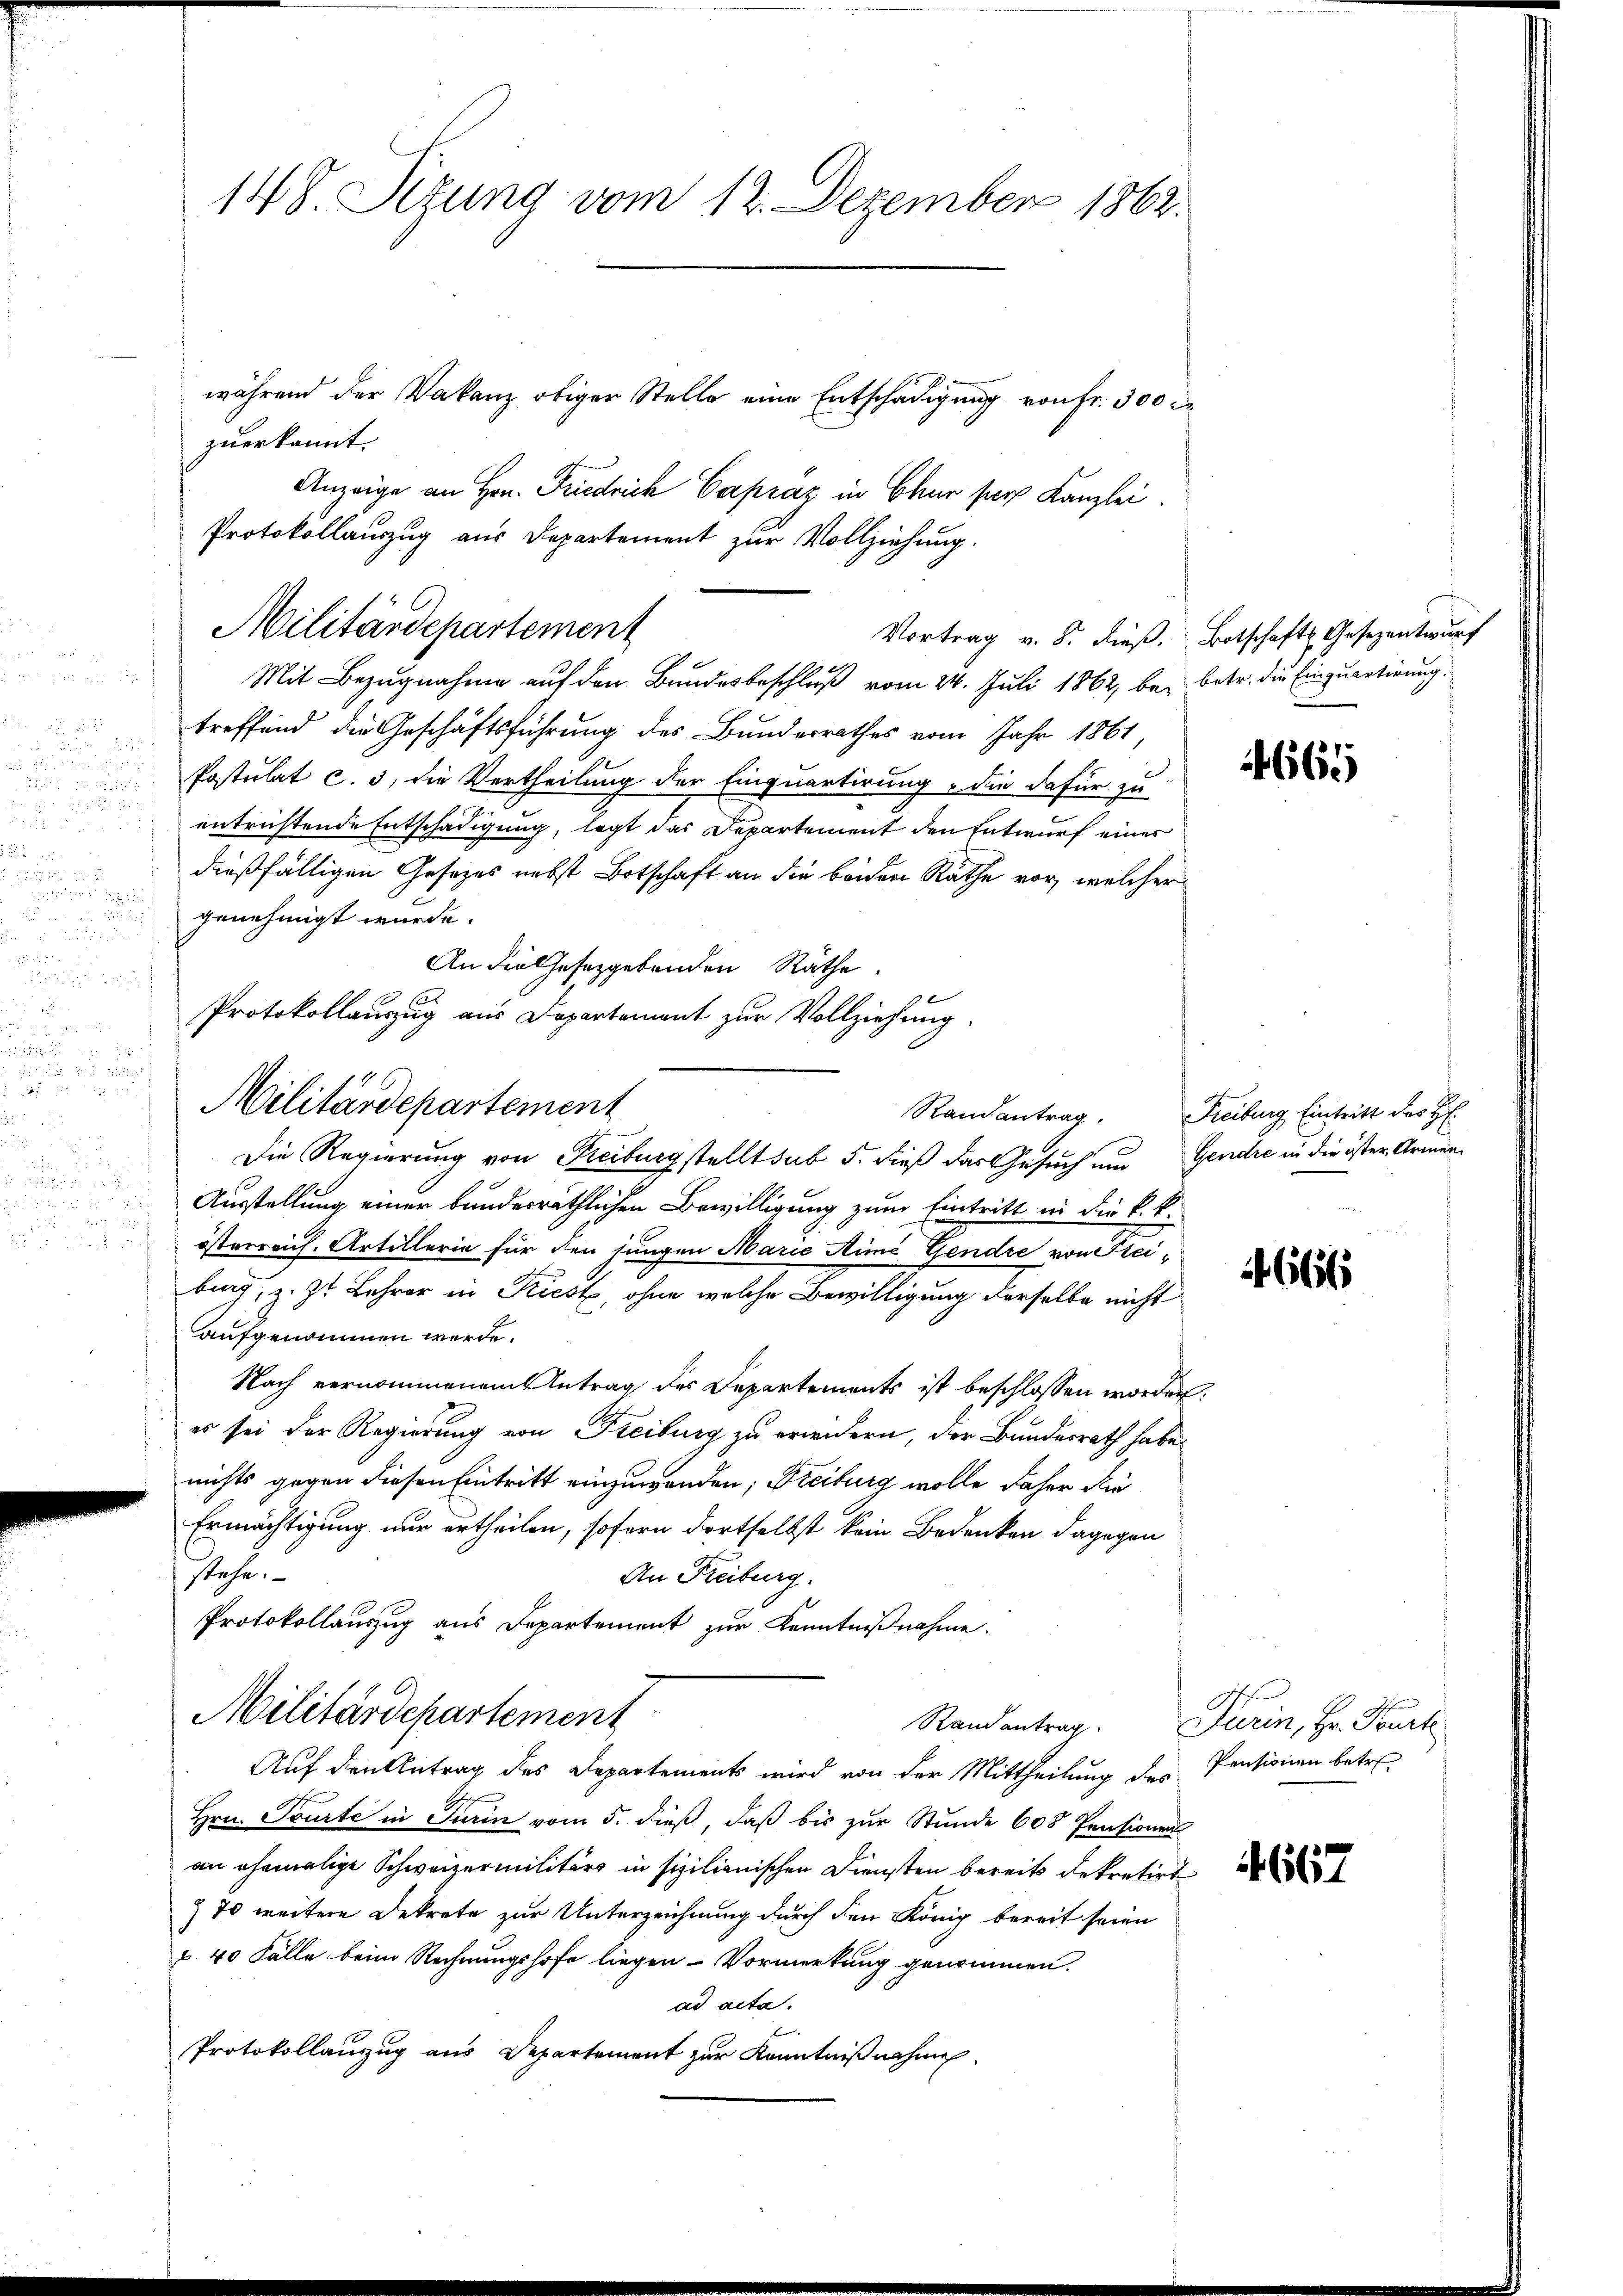
5
 2 x 2 x
Mit Bezugnahme auf den Bundesbeschluß vom 24. Juli 1862, bei betr. die Einquartirung.

treffend die Geschäftsführung des Bundesrathes vom Jahr 1861,
 e

Postulat c. 3, die Vertheilung der Einquartirung, die dafür zu
d
entrichtende Entschädigung, legt das Departement den Entwurf eines
dießfälligen Gesetzes nebst Botschaft an die beiden Rathe vor, welcher
i
 genehmigt wurde.
An die Gesetzgebenden Räthe.
Ausstellung einer bunderräthlichen Bewilligung zum Eintritt in die k. k.
österreich. Artillerie für den jungen Marie Aimé Gendre von Steiit Cit
big, z. Zt. Lehrer in Kiest, ohne welche Bewilligung derselbe nicht
aufgenommen werde.
Nach vernommenem Antrag des Departements ist beschlossen worden.
es sei der Regierung von Freiburg zu erwidern, der Bundesrath habe.
nichts gegen diesen Eintritt einzuwenden; Freiburg wolle daher die
Ermächtigung nur ertheilen, sofern dortselbst kein Bedenken dagegen
stehe.
An Freiburg.
Protokollauszug aus Departement zur Kenntnißnahme.
Militärdepartement
Randantrag. Turin, Hr. Burk
Auf den Antrag des Departements wird von der Mittheilung des Pensionen betre
Hrn. Tourte in Turin vom 5. dieß, daß bis zur Stunde 608 Pensionen
an ehemalige Schweizermilitärs in sizilienischen Diensten bereits dekretirte
& 70 weitere Dekrete zur Unterzeichnung durch den König bereit seien
§ 40 Fälle beim Rechnungshofe liegen Vormerkung genommen.
ad acta.
Protokollanzug aus Departement zur Kenntnißnahmen.

148. Sitzung vom 12. Dezember 1862.
während der Vakanz obiger Stelle eine Entschädigung von fr. 300 r
zuerkannt.
Anzeige an Hrn. Friedrich Capraz in Chur sach Kanzlei.
Protokollauszug aus Departement zur Vollziehung.

Militärdepartement

Protokollauszug aus Departement zur Vollziehung
Militärdepartement
Die Regierung von Freiburgstellt sub 5. dieß das Gesuch um Gendre in die öster Armen¬

Vortrag v. 8. dieß. Botschafts Gesezentwurf

4665

Randantrag. Freiburg, Eintritt des H.